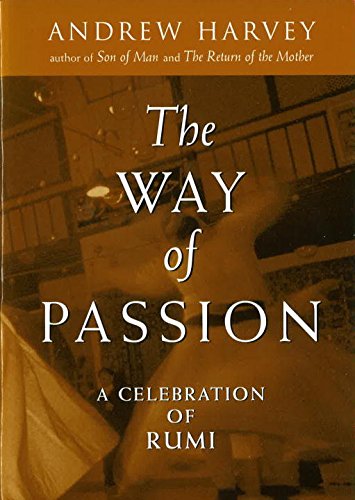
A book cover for The Way of Passion: A Celebration of Rumi; Andrew Harvey; Religion & Spirituality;